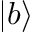
| b \rangle